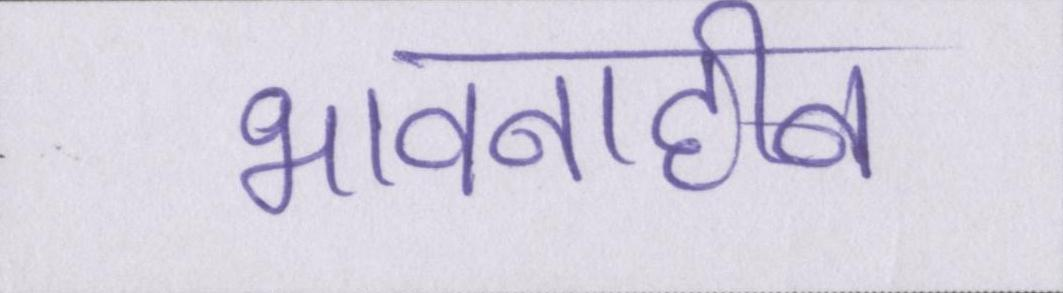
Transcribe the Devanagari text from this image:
भावनाहीन